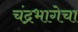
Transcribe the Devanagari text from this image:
चंद्रभागेचा